Civil Veterinary Department Bihar reports 1936-40 - 1936-1940
Year: 1936
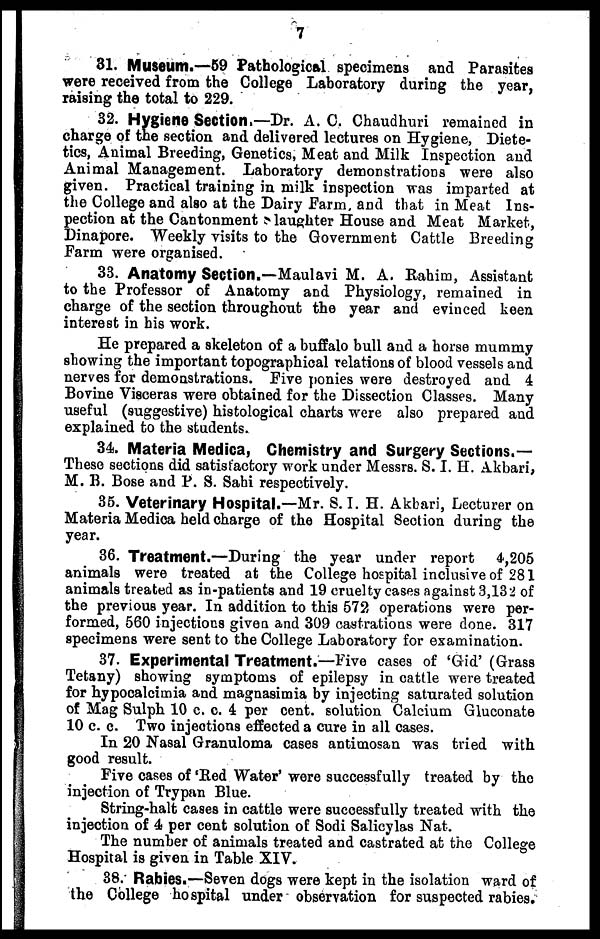
7
31. Museum.—59 Pathological specimens and Parasites
were received from the College Laboratory during the year,
raising the total to 229.
32. Hygiene Section,—Dr. A. C. Chaudhuri remained in
charge of the section and delivered lectures on Hygiene, Diete-
tics, Animal Breeding, Genetics, Meat and Milk Inspection and
Animal Management. Laboratory demonstrations were also
given. Practical training in milk inspection was imparted at
the College and also at the Dairy Farm and that in Meat Ins-
pection at the Cantonment Slaughter House and Meat Market,
Dinapore. Weekly visits to the Government Cattle Breeding
Farm were organised.
33. Anatomy Section.—Maulavi M. A. Rahim, Assistant
to the Professor of Anatomy and Physiology, remained in
charge of the section throughout the year and evinced keen
interest in his work.
He prepared a skeleton of a buffalo bull and a horse mummy
showing the important topographical relations of blood vessels and
nerves for demonstrations. Five ponies were destroyed and 4
Bovine Visceras were obtained for the Dissection Classes. Many
useful (suggestive) histological charts were also prepared and
explained to the students.
34. Materia Medica, Chemistry and Surgery Sections.—
These sections did satisfactory work under Messrs. S. I. H. Akbari,
M. B. Bose and P. S. Sahi respectively.
35. Veterinary Hospital.—Mr. S. I. H. Akbari, Lecturer on
Materia Medica held charge of the Hospital Section during the
year.
36. Treatment.—During the year under report
4,205
animals were treated at the College hospital inclusive of 281
animals treated as in-patients and 19 cruelty cases against 3,132 of
the previous year. In addition to this 572 operations were per-
formed, 560 injections givea and 309 castrations were done. 317
specimens were sent to the College Laboratory for examination.
37. Experimental Treatment.—Five cases of 'Gid' (Grass
Tetany) showing symptoms of epilepsy in cattle were treated
for hypocalcimia and magnasimia by injecting saturated solution
of Mag Sulph 10 c. c. 4 per cent. solution Calcium Gluconate
10 c. c. Two injections effected a cure in all cases.
In 20 Nasal Granuloma cases antimosan was tried with
good result.
Five cases of 'Red Water' were successfully treated by the
injection of Trypan Blue.
String-halt cases in cattle were successfully treated with the
injection of 4 per cent solution of Sodi Salicylas Nat.
The number of animals treated and castrated at the College
Hospital is given in Table XIV.
38. Rabies.—Seven dogs were kept in the isolation ward of
the College hospital under observation for suspected rabies.